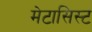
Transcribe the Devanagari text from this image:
मेटासिस्ट